Report on the bubonic plague in Bombay, 1896-1897
Year: 1896
Disease focus: Plague
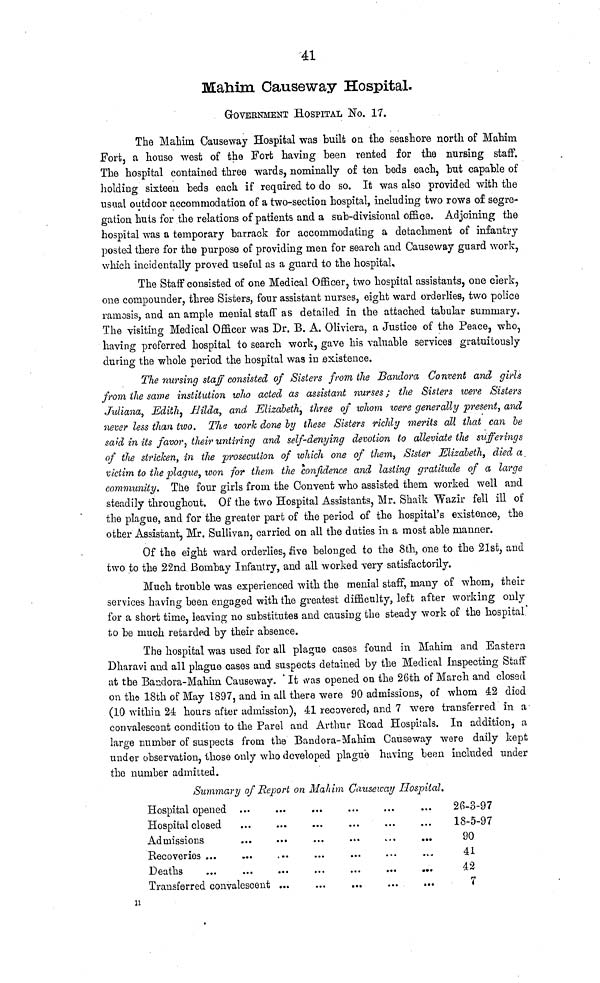
41
Mahim Causeway Hospital.
GOVERNMENT HOSPITAL NO. 17.
The Mahirn Causeway Hospital was built on the seashore north of Mahim
Fort, a house west of the Fort having been rented for the nursing staff.
The hospital contained three wards, nominally of ten beds each, but capable of
holding sixteen beds each if required to do so. It was also provided with the
usual outdoor accommodation of a two-section hospital, including two rows of segre-
gation huts for the relations of patients and a sub-divisional office. Adjoining the
hospital was a temporary barrack for accommodating a detachment of infantry
posted there for the purpose of providing men for search and Causeway guard work,
which incidentally proved useful as a guard to the hospital.
The Staff consisted of one Medical Officer, two hospital assistants, one clerk,
one compounder, three Sisters, four assistant nurses, eight ward orderlies, two police
ramosis, and an ample menial staff as detailed in the attached tabular summary.
The visiting Medical Officer was Dr. B. A. Oliviera, a Justice of the Peace, who,
having preferred hospital to search work, gave his valuable services gratuitously
during the whole period the hospital was in existence.
The nursing staff consisted of Sisters from the Bandora Convent and girls
from the same institution who acted as assistant nurses; the Sisters were Sisters
Juliana, Edith, Hilda, and Elizabeth, three of whom were generally present, and
never less than two. The work done by these Sisters richly merits all that can be
said in its favor, their untiring and self-denying devotion to alleviate the sufferings
of the stricken, in the prosecution of which one of them, Sister Elizabeth, died a
victim to the plague, won for them the confidence and lasting gratitude of a large
community. The four girls from the Convent who assisted them worked well and
steadily throughout. Of the two Hospital Assistants, Mr. Shaik Wazir fell ill of
the plague, and for the greater part of the period of the hospital's existence, the
other Assistant, Mr. Sullivan, carried on all the duties in a most able manner.
Of the eight ward orderlies, five belonged to the 8th, one to the 21st, and
two to the 22nd Bombay Infantry, and all worked very satisfactorily.
Much trouble was experienced with the menial staff, many of whom, their
services having been engaged with the greatest difficulty, left after working only
for a short time, leaving no substitutes and causing the steady work of the hospital
to be much retarded by their absence.
The hospital was used for all plague cases found in Mahim and Eastern
Dharavi and all plague cases and suspects detained by the Medical inspecting Staff
at the Bandora-Mahirn Causeway. It was opened on the 26th of March and closed
on the 18th of May 1897, and in all there were 90 admissions, of whom 42 died
(10 within 24 hours after admission), 41 recovered, and 7 were transferred in a
convalescent condition to the Parel and Arthur Road Hospitals. In addition, a
large number of suspects from the Bandora-Mahim Causeway were daily kept
under observation, those only who developed plague having been included under
the number admitted.
Summary of Report on Mahim Causeway Hospital.
Hospital opened ...
Hospital closed ...
Admissions ...
Recoveries ... ...
Deaths ... ...
Transferred convalescent
...
...
...
...
...
...
...
...
...
...
...
...
...
...
...
...
...
...
...
...
...
...
...
...
...
...
...
...
...
...
26-3-97
18-5-97
90
41
42
7